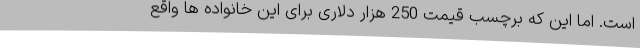
است. اما این که برچسب قیمت 250 هزار دلاری برای این خانواده ها واقع